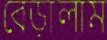
বেড়ালাম